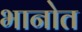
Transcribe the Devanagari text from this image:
भानोत